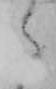
た